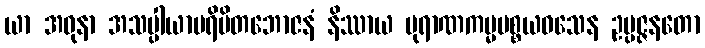
ယာ အဓုနာ အသပ္ပါယာပရိမိတဘောဇနံ နိဿာယ ပုရာဏကမ္မပစ္စယဝသေန ဥပ္ပဇ္ဇနတော